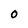
Character: O